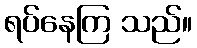
ရပ်နေကြ သည်။